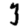
Digit: 3